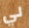
لي